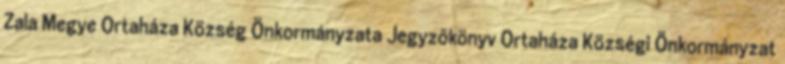
Zala Megye Ortaháza Község Önkormányzata Jegyzőkönyv Ortaháza Községi Önkormányzat